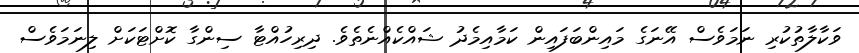
ވަކާލާތުކުރި ނަމަވެސް އޭނަގެ މައިންބަފައިން ކަމާއިމެދު ޝައްކެއްނެތެވެ. ދިރިހުއްޓާ ސިންގާ ކޮށްޓަކަށް ލިނަމަވެސް